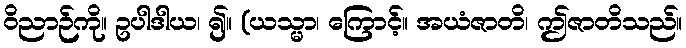
ဝိညာဉ်ကို။ ဥပါဒါယ၊ ၍။ (ယသ္မာ၊ ကြောင့်။ အယံဇာတိ၊ ဤဇာတိသည်။